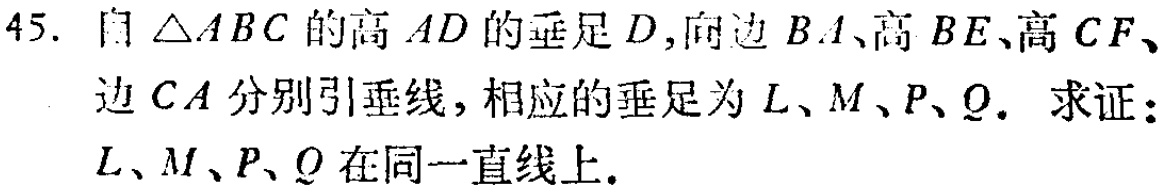
45. 自$\triangle ABC$的高$AD$的垂足$D$，向边$BA$、高$BE$、高$CF$、边$CA$分别引垂线，相应的垂足为$L$、$M$、$P$、$Q$. 求证：$L$、$M$、$P$、$Q$在同一直线上.